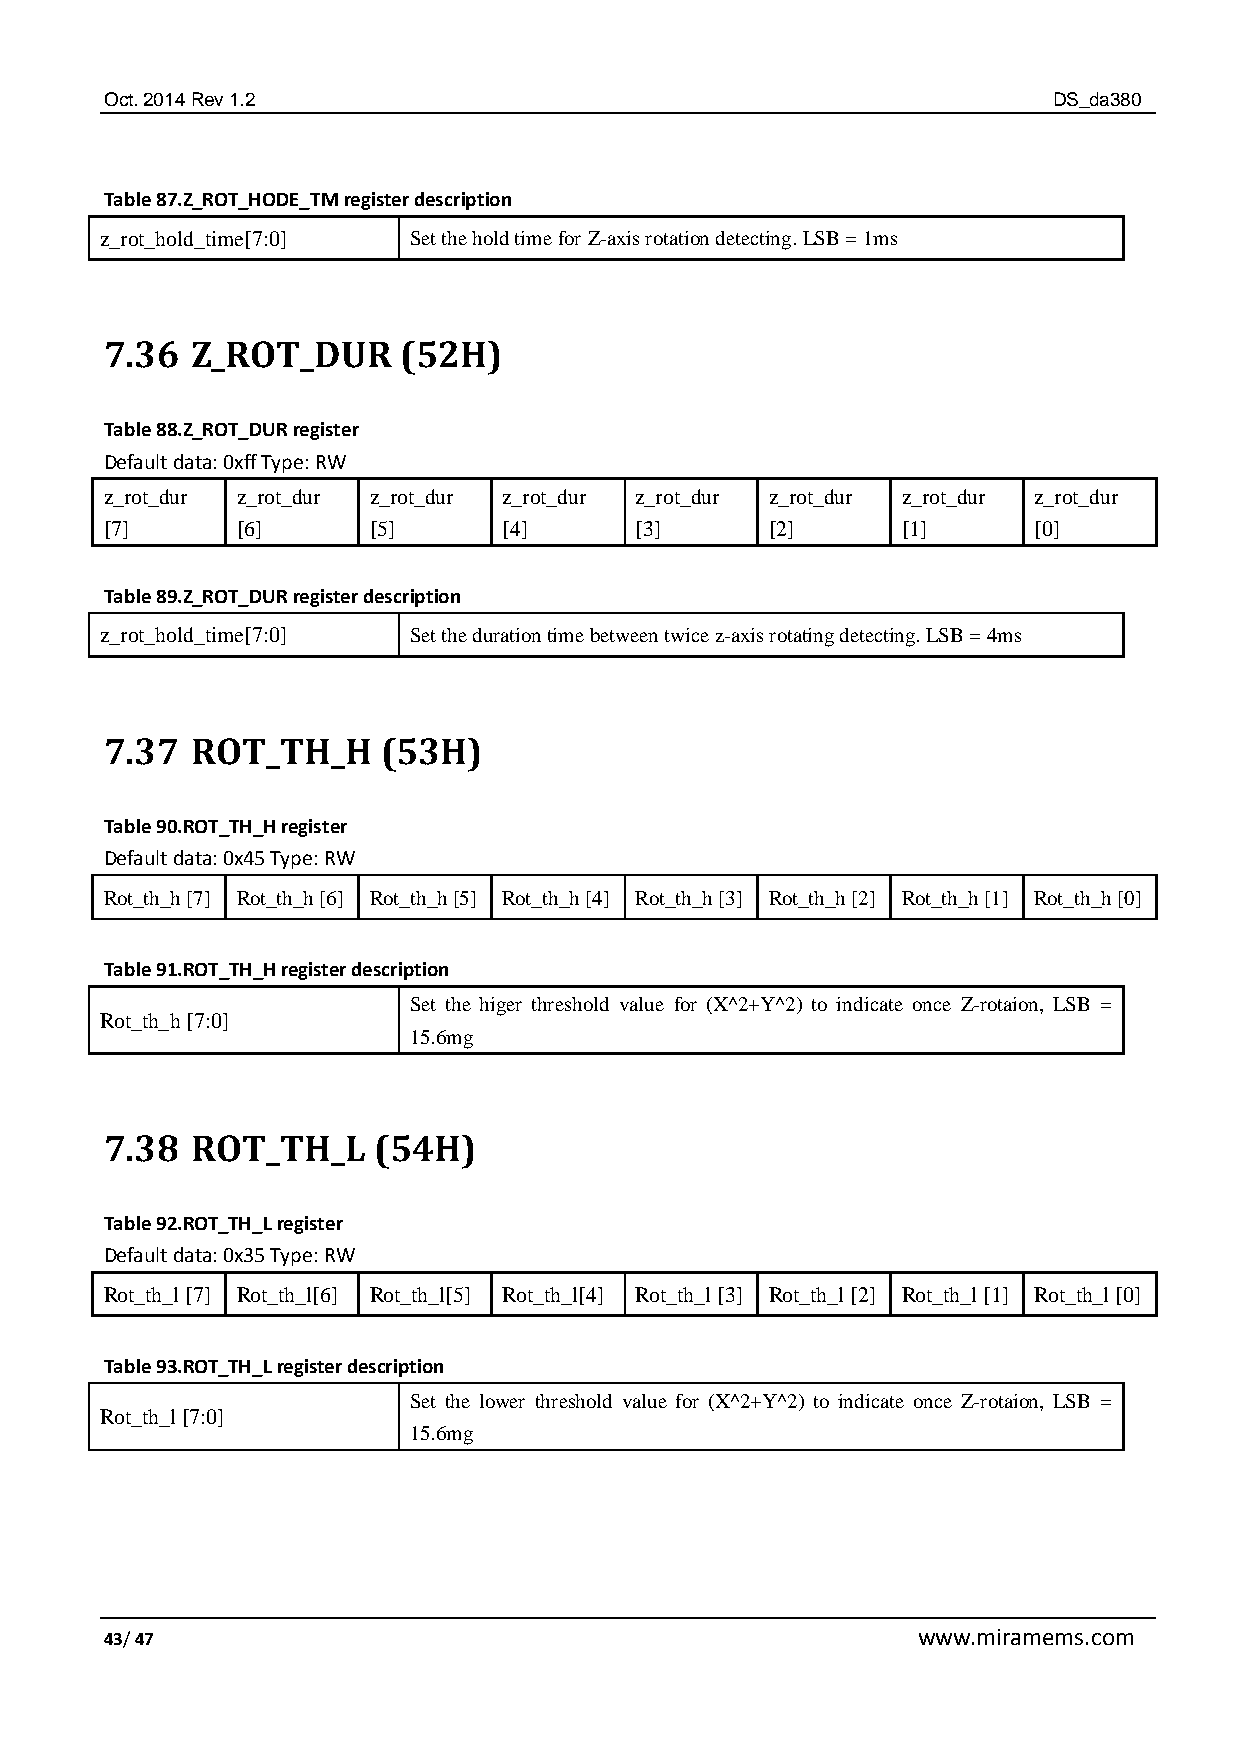
Oct. 2014 Rev 1.2                                              DS_da380
 Table 87.Z_ROT_HODE_TM register description
 z_rot_hold_time[7:0] Set the hold time for Z-axis rotation detecting. LSB = 1ms
 7.36  Z_ROT_DUR    (52H)
 Table 88.Z_ROT_DUR register
 Default data: 0xff Type: RW
 z_rot_dur z_rot_dur z_rot_dur z_rot_dur z_rot_dur z_rot_dur z_rot_dur z_rot_dur
 [7]      [6]     [5]      [4]      [3]      [2]      [1]     [0]
 Table 89.Z_ROT_DUR register description
 z_rot_hold_time[7:0] Set the duration time between twice z-axis rotating detecting. LSB = 4ms
 7.37  ROT_TH_H    (53H)
 Table 90.ROT_TH_H register
 Default data: 0x45 Type: RW
 Rot_th_h [7] Rot_th_h [6] Rot_th_h [5] Rot_th_h [4] Rot_th_h [3] Rot_th_h [2] Rot_th_h [1] Rot_th_h [0]
 Table 91.ROT_TH_H register description
 Set the higer threshold value for (X^2+Y^2) to indicate once Z-rotaion, LSB =
 Rot_th_h [7:0]
 15.6mg
 7.38  ROT_TH_L    (54H)
 Table 92.ROT_TH_L register
 Default data: 0x35 Type: RW
 Rot_th_l [7] Rot_th_l[6] Rot_th_l[5] Rot_th_l[4] Rot_th_l [3] Rot_th_l [2] Rot_th_l [1] Rot_th_l [0]
 Table 93.ROT_TH_L register description
 Set the lower threshold value for (X^2+Y^2) to indicate once Z-rotaion, LSB =
 Rot_th_l [7:0]
 15.6mg
 43/ 47                                                www.miramems.com